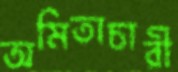
অমিতাচারী